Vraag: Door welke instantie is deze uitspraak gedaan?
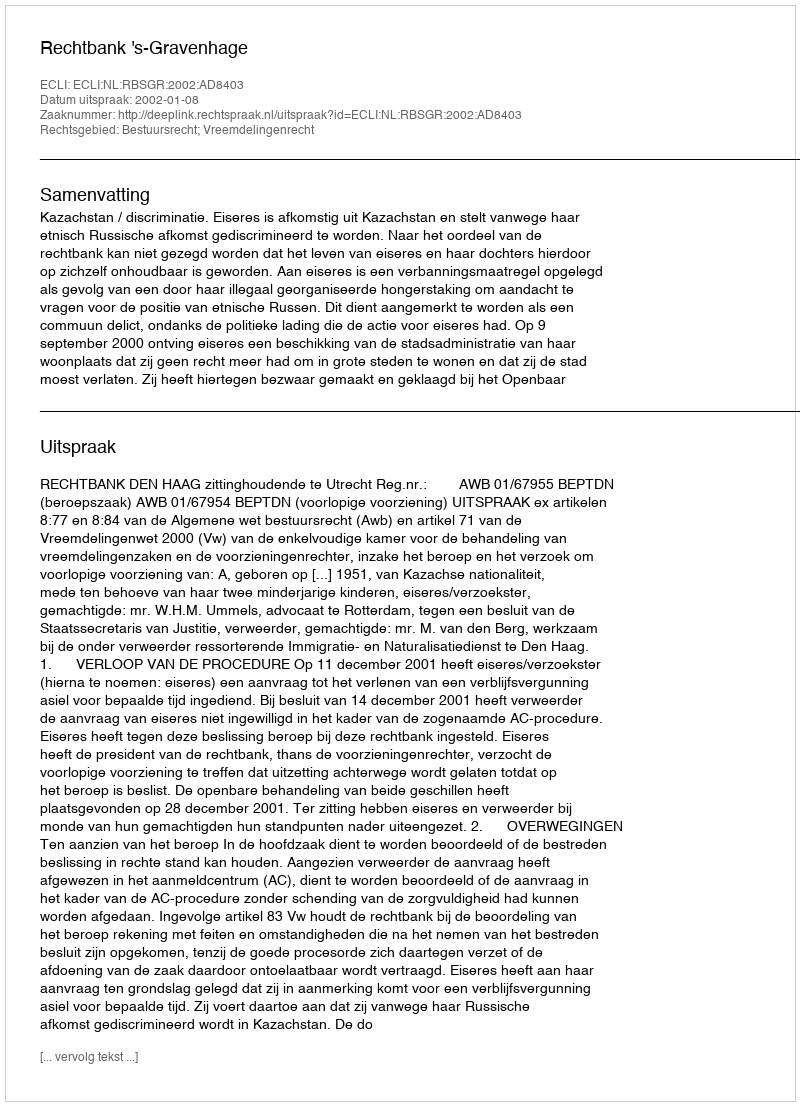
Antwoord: Rechtbank 's-Gravenhage